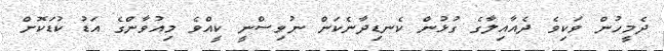
ދެމީހުން ވަކިވެ ދެއާއިލާގެ ގުޅުން ކެނޑިދާނެކަން ނުވިސްނީ ކީއްވެ މިއުވާންގެ އަޑު ކުޑަކޮށް